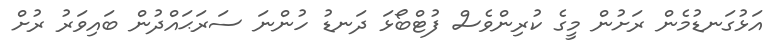
އަޅުގަނޑުމެން ރަށުން މީގެ ކުރިންވެސް ފުޓްބޯޅަ ދަނޑު ހުންނަ ސަރަޙައްދުން ބައިވަރު ރުށް